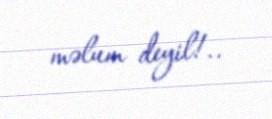
məlum deyil!..